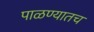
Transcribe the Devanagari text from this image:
पाळण्यातच